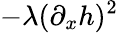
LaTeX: -\lambda(\partial_{x}h)^{2}